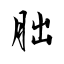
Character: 朏